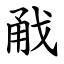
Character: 㦷